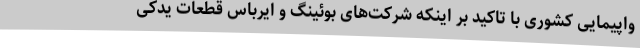
واپیمایی کشوری با تاکید بر اینکه شرکت‌های بوئینگ و ایرباس قطعات یدکی